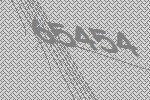
65454